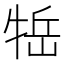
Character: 𤙿